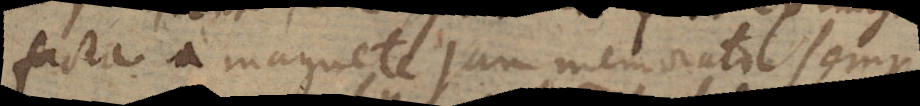
facta a magnete jam memorato semper